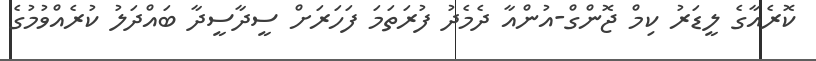
ކޮރެއާގެ ލީޑަރު ކިމް ޖޮންގް-އުންއާ ދެމެދު ފުރަތަމަ ފަހަރަށް ސީދާސީދާ ބައްދަލު ކުރެއްވުމުގެ